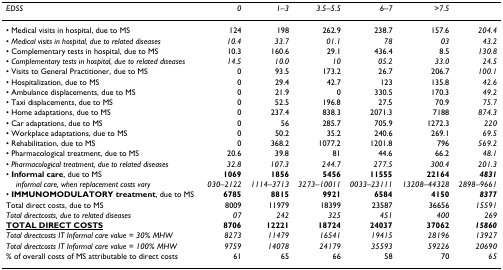
<table><thead><tr><td><b><i>EDSS</i></b></td><td><b><i>0</i></b></td><td><b><i>1–3</i></b></td><td><b><i>3.5–5.5</i></b></td><td><b><i>6–7</i></b></td><td><b>&gt;<i>7.5</i></b></td><td></td></tr></thead><tbody><tr><td>• Medical visits in hospital, due to MS</td><td>124</td><td>198</td><td>262.9</td><td>238.7</td><td>157.6</td><td><i>204.4</i></td></tr><tr><td>• <i>Medical visits in hospital, due to related diseases</i></td><td><i>10.4</i></td><td><i>33.7</i></td><td><i>01.1</i></td><td><i>78</i></td><td><i>03</i></td><td><i>43.2</i></td></tr><tr><td>• Complementary tests in hospital, due to MS</td><td>10.3</td><td>160.6</td><td>29.1</td><td>436.4</td><td>8.5</td><td><i>130.8</i></td></tr><tr><td>• <i>Complementary tests in hospital, due to related diseases</i></td><td><i>14.5</i></td><td><i>10.0</i></td><td><i>10</i></td><td><i>05.2</i></td><td><i>33.0</i></td><td><i>24.5</i></td></tr><tr><td>• Visits to General Practitioner, due to MS</td><td>0</td><td>93.5</td><td>173.2</td><td>26.7</td><td>206.7</td><td><i>100.1</i></td></tr><tr><td>• Hospitalization, due to MS</td><td>0</td><td>29.4</td><td>42.7</td><td>123</td><td>135.8</td><td><i>42.6</i></td></tr><tr><td>• Ambulance displacements, due to MS</td><td>0</td><td>21.9</td><td>0</td><td>330.5</td><td>170.3</td><td><i>49.2</i></td></tr><tr><td>• Taxi displacements, due to MS</td><td>0</td><td>52.5</td><td>196.8</td><td>27.5</td><td>70.9</td><td><i>75.7</i></td></tr><tr><td>• Home adaptations, due to MS</td><td>0</td><td>237.4</td><td>838.3</td><td>2071.3</td><td>7188</td><td><i>874.3</i></td></tr><tr><td>• Car adaptations, due to MS</td><td>0</td><td>56</td><td>285.7</td><td>705.9</td><td>1272.3</td><td><i>220</i></td></tr><tr><td>• Workplace adaptations, due to MS</td><td>0</td><td>50.2</td><td>35.2</td><td>240.6</td><td>269.1</td><td><i>69.5</i></td></tr><tr><td>• Rehabilitation, due to MS</td><td>0</td><td>368.2</td><td>1077.2</td><td>1201.8</td><td>796</td><td><i>569.2</i></td></tr><tr><td>• Pharmacological treatment, due to MS</td><td>20.6</td><td>39.8</td><td>81</td><td>44.6</td><td>66.2</td><td><i>48.1</i></td></tr><tr><td>• <i>Pharmacological treatment, due to related diseases</i></td><td><i>32.8</i></td><td><i>107.3</i></td><td><i>244.7</i></td><td><i>277.5</i></td><td><i>300.4</i></td><td><i>201.3</i></td></tr><tr><td>• <b>Informal care</b>, due to MS</td><td><b>1069</b></td><td><b>1856</b></td><td><b>5456</b></td><td><b>11555</b></td><td><b>22164</b></td><td><b><i>4831</i></b></td></tr><tr><td> <i>informal care, when replacement costs vary</i></td><td><i>030–2122</i></td><td><i>1114–3713</i></td><td><i>3273–10011</i></td><td><i>0033–23111</i></td><td><i>13208–44328</i></td><td><i>2898–9661</i></td></tr><tr><td>• <b>IMMUNOMODULATORY treatment</b>, due to MS</td><td><b>6785</b></td><td><b>8815</b></td><td><b>9921</b></td><td><b>6584</b></td><td><b>4150</b></td><td><b><i>8377</i></b></td></tr><tr><td>Total direct costs, due to MS</td><td>8009</td><td>11979</td><td>18399</td><td>23587</td><td>36656</td><td><i>15591</i></td></tr><tr><td><i>Total directcosts, due to related diseases</i></td><td><i>07</i></td><td><i>242</i></td><td><i>325</i></td><td><i>451</i></td><td><i>400</i></td><td><i>269</i></td></tr><tr><td><b><underline>TOTAL DIRECT COSTS</underline></b></td><td><b>8706</b></td><td><b>12221</b></td><td><b>18724</b></td><td><b>24037</b></td><td><b>37062</b></td><td><b><i>15860</i></b></td></tr><tr><td><i>Total directcosts IT Informal care value = 30% MHW</i></td><td><i>8273</i></td><td><i>11479</i></td><td><i>16541</i></td><td><i>19415</i></td><td><i>28196</i></td><td><i>13927</i></td></tr><tr><td><i>Total directcosts IT Informal care value = 100% MHW</i></td><td><i>9759</i></td><td><i>14078</i></td><td><i>24179</i></td><td><i>35593</i></td><td><i>59226</i></td><td><i>20690</i></td></tr><tr><td>% of overall costs of MS attributable to direct costs</td><td>61</td><td>65</td><td>66</td><td>58</td><td>70</td><td><i>65</i></td></tr></tbody></table>